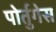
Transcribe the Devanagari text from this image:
पोर्तुगेस